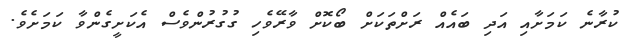
ކުރާނެ ކަމަށާއި އަދި ބައެއް ރަށްތަކަށް ބޯކޮށް ވާރޭވެހި ގުގުރުންވެސް އެކަށީގެންވާ ކަމަށެވެ.